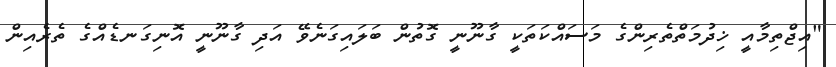
"އިޖްތިމާއީ ޚިދުމަތްތެރިންގެ މަސައްކަތަކީ ގާނޫނީ ގޮތުން ބަލައިގަނެވޭ އަދި ގާނޫނީ އޮނިގަނޑެއްގެ ތެރެއިން